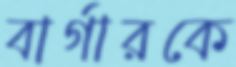
বার্গারকে